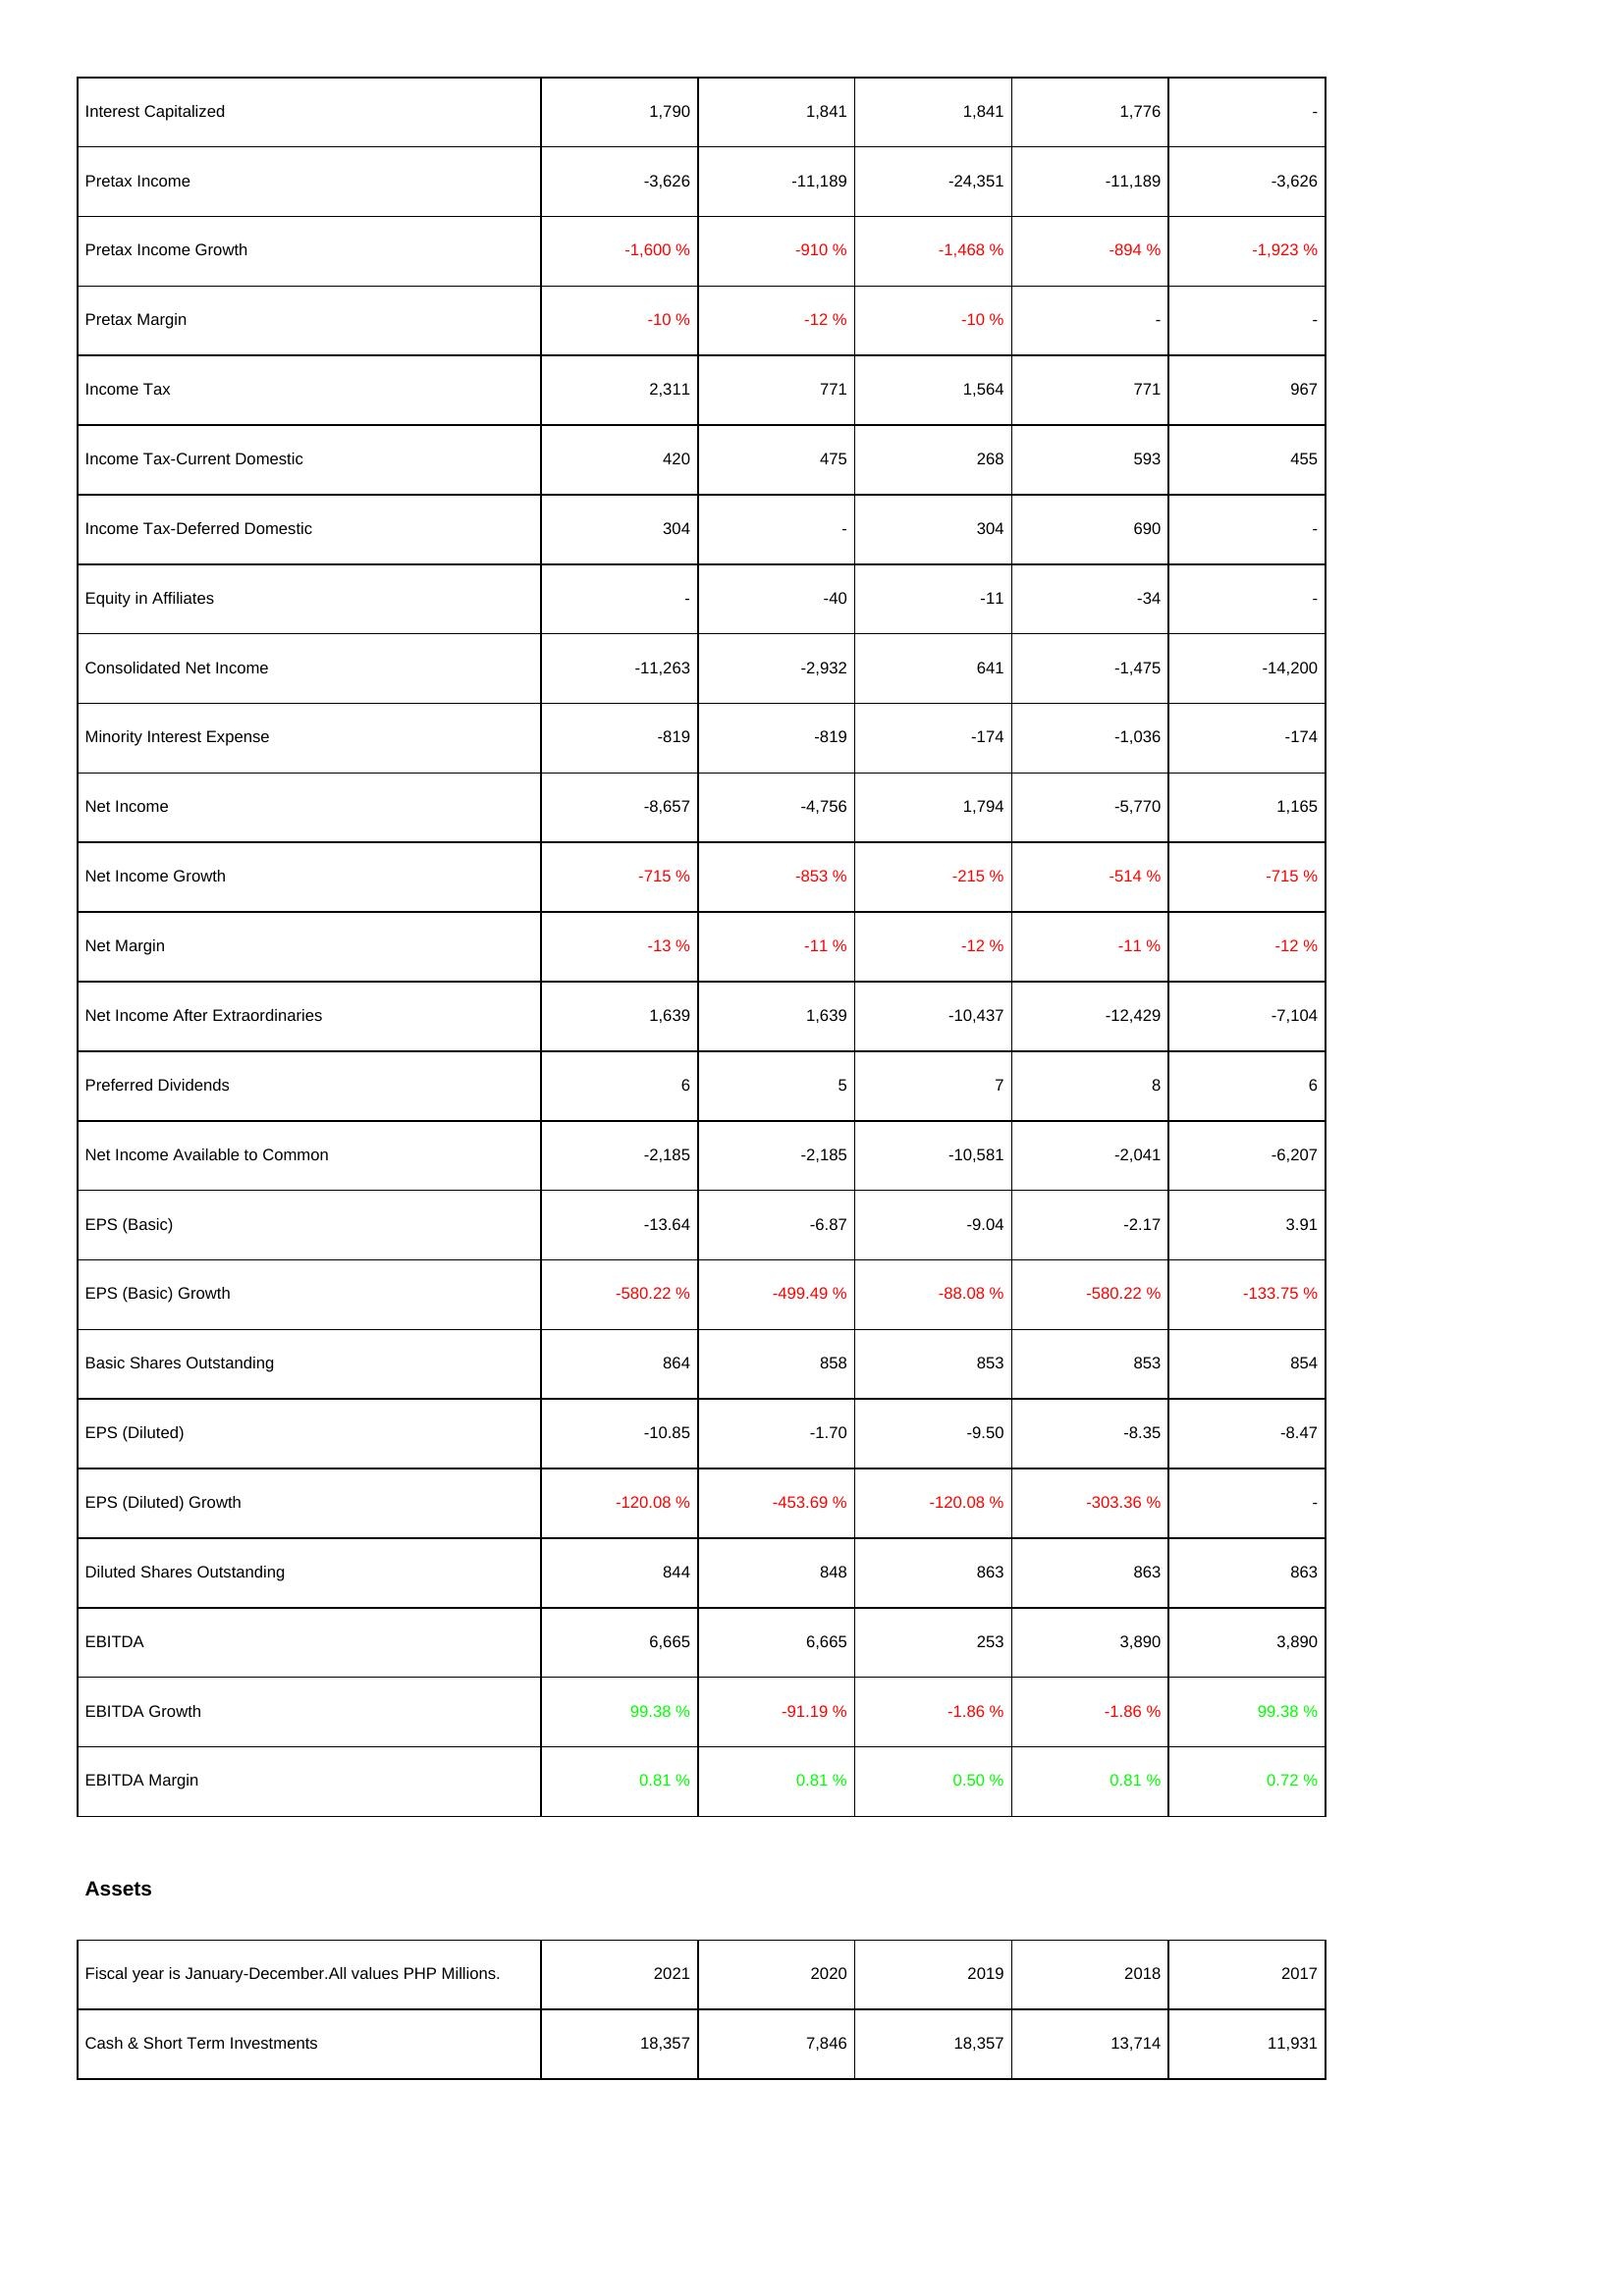
2021: Income Statement: Interest Capitalized: 1,790
Pretax Income: -3,626
Pretax Income Growth: -1,600 %
Pretax Margin: -10 %
Income Tax: 2,311
Income Tax-Current Domestic: 420
Income Tax-Deferred Domestic: 304
Equity in Affiliates: -
Consolidated Net Income: -11,263
Minority Interest Expense: -819
Net Income: -8,657
Net Income Growth: -715 %
Net Margin: -13 %
Net Income After Extraordinaries: 1,639
Preferred Dividends: 6
Net Income Available to Common: -2,185
EPS (Basic): -13.64
EPS (Basic) Growth: -580.22 %
Basic Shares Outstanding: 864
EPS (Diluted): -10.85
EPS (Diluted) Growth: -120.08 %
Diluted Shares Outstanding: 844
EBITDA: 6,665
EBITDA Growth: 99.38 %
EBITDA Margin: 0.81 %
Assets: Cash & Short Term Investments: 18,357
2020: Income Statement: Interest Capitalized: 1,841
Pretax Income: -11,189
Pretax Income Growth: -910 %
Pretax Margin: -12 %
Income Tax: 771
Income Tax-Current Domestic: 475
Income Tax-Deferred Domestic: -
Equity in Affiliates: -40
Consolidated Net Income: -2,932
Minority Interest Expense: -819
Net Income: -4,756
Net Income Growth: -853 %
Net Margin: -11 %
Net Income After Extraordinaries: 1,639
Preferred Dividends: 5
Net Income Available to Common: -2,185
EPS (Basic): -6.87
EPS (Basic) Growth: -499.49 %
Basic Shares Outstanding: 858
EPS (Diluted): -1.70
EPS (Diluted) Growth: -453.69 %
Diluted Shares Outstanding: 848
EBITDA: 6,665
EBITDA Growth: -91.19 %
EBITDA Margin: 0.81 %
Assets: Cash & Short Term Investments: 7,846
2019: Income Statement: Interest Capitalized: 1,841
Pretax Income: -24,351
Pretax Income Growth: -1,468 %
Pretax Margin: -10 %
Income Tax: 1,564
Income Tax-Current Domestic: 268
Income Tax-Deferred Domestic: 304
Equity in Affiliates: -11
Consolidated Net Income: 641
Minority Interest Expense: -174
Net Income: 1,794
Net Income Growth: -215 %
Net Margin: -12 %
Net Income After Extraordinaries: -10,437
Preferred Dividends: 7
Net Income Available to Common: -10,581
EPS (Basic): -9.04
EPS (Basic) Growth: -88.08 %
Basic Shares Outstanding: 853
EPS (Diluted): -9.50
EPS (Diluted) Growth: -120.08 %
Diluted Shares Outstanding: 863
EBITDA: 253
EBITDA Growth: -1.86 %
EBITDA Margin: 0.50 %
Assets: Cash & Short Term Investments: 18,357
2018: Income Statement: Interest Capitalized: 1,776
Pretax Income: -11,189
Pretax Income Growth: -894 %
Pretax Margin: -
Income Tax: 771
Income Tax-Current Domestic: 593
Income Tax-Deferred Domestic: 690
Equity in Affiliates: -34
Consolidated Net Income: -1,475
Minority Interest Expense: -1,036
Net Income: -5,770
Net Income Growth: -514 %
Net Margin: -11 %
Net Income After Extraordinaries: -12,429
Preferred Dividends: 8
Net Income Available to Common: -2,041
EPS (Basic): -2.17
EPS (Basic) Growth: -580.22 %
Basic Shares Outstanding: 853
EPS (Diluted): -8.35
EPS (Diluted) Growth: -303.36 %
Diluted Shares Outstanding: 863
EBITDA: 3,890
EBITDA Growth: -1.86 %
EBITDA Margin: 0.81 %
Assets: Cash & Short Term Investments: 13,714
2017: Income Statement: Interest Capitalized: -
Pretax Income: -3,626
Pretax Income Growth: -1,923 %
Pretax Margin: -
Income Tax: 967
Income Tax-Current Domestic: 455
Income Tax-Deferred Domestic: -
Equity in Affiliates: -
Consolidated Net Income: -14,200
Minority Interest Expense: -174
Net Income: 1,165
Net Income Growth: -715 %
Net Margin: -12 %
Net Income After Extraordinaries: -7,104
Preferred Dividends: 6
Net Income Available to Common: -6,207
EPS (Basic): 3.91
EPS (Basic) Growth: -133.75 %
Basic Shares Outstanding: 854
EPS (Diluted): -8.47
EPS (Diluted) Growth: -
Diluted Shares Outstanding: 863
EBITDA: 3,890
EBITDA Growth: 99.38 %
EBITDA Margin: 0.72 %
Assets: Cash & Short Term Investments: 11,931